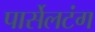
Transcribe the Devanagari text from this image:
पार्सेलटंग